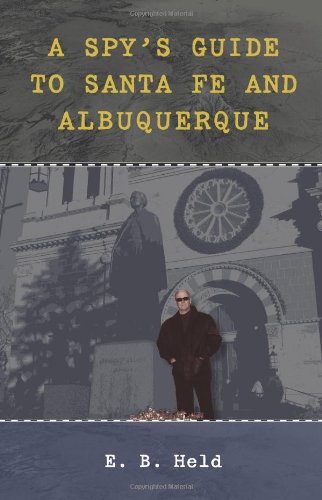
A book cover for A Spy's Guide to Santa Fe and Albuquerque; E. B. Held; Travel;